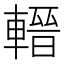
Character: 𨍬